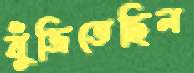
বুঁজিতেছিল